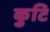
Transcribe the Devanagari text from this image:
कुटि